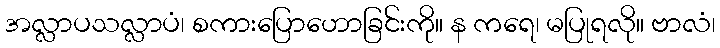
အလ္လာပသလ္လာပံ၊ စကားပြောဟောခြင်းကို။ န ကရေ၊ မပြုရလို။ ဗာလံ၊